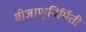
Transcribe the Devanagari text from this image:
बीजाणूनिर्मिती